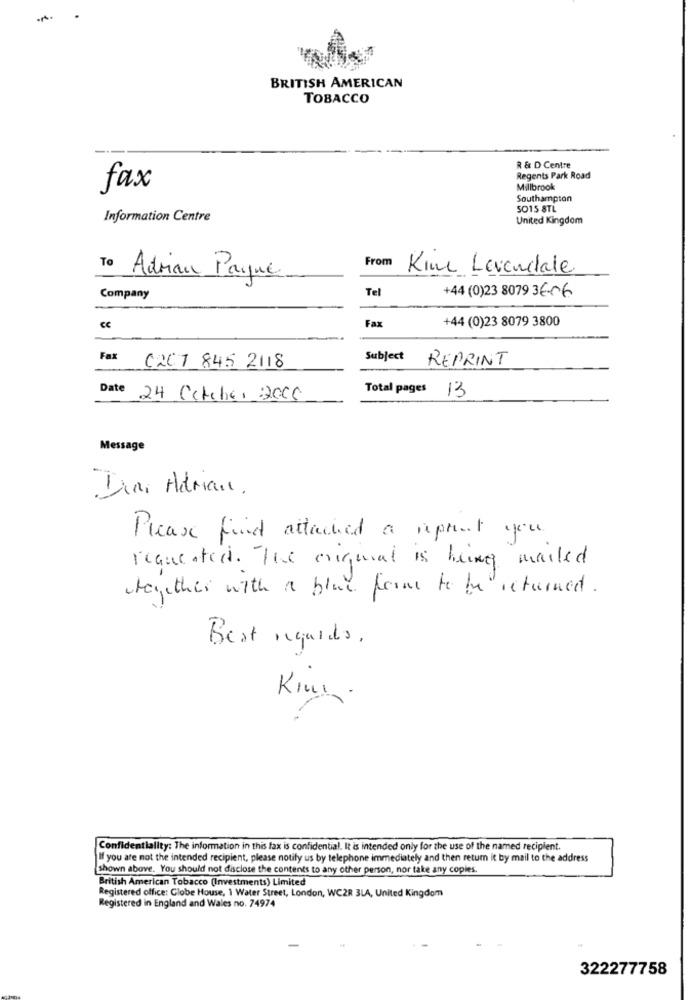
BRITISH AMERICAN
TOBACCO
R & D Centre
Regents Park Road
fax
Millbrook
Southampton
5015 8TL
Information Centre
United Kingdom
From
Kine Levendale
To Adrian Paque
Tel
+44 (0)23 8079 36-06
Company
Fax
+44 (0)23 8079 3800
Ce
Subject REPRINT
Fax (20) 845 2118
Date 24 Cetche, 2006
Total pages 13
Message
Diar Adrian.
Please find attached a reprint you.
requested . The original is being mailed
together with a blue form to be returned.
Best regards,
Kini
Confidentiality: The information in this fax is confidential. It is intended only for the use of the named recipient.
If you are not the intended recipient, please notify us by telephone immediately and then return it by mail to the address
shown above. You should not disclose the contents to any other person, nor take any copies.
British American Tobacco (Investments) Limited
Registered office: Globe House, 1 Water Street, London, WC2R 3LA, United Kingdom
Registered in England and Wales no. 74974
322277758